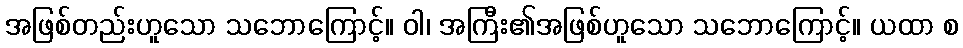
အဖြစ်တည်းဟူသော သဘောကြောင့်။ ဝါ၊ အကြီး၏အဖြစ်ဟူသော သဘောကြောင့်။ ယထာ စ